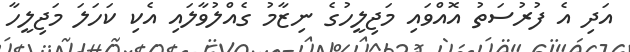
އަދި އެ ފުރުސަތު އޮއްވައި މަޖިލީހުގެ ނިޒާމު ގެއްލުވާލައި އެކި ކަހަލަ މަޖިލީހާ